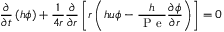
\frac { \partial } { \partial t } \left( h \phi \right) + \frac { 1 } { 4 r } \frac { \partial } { \partial r } \left[ r \left( h u \phi - \frac { h } { \mathrm { ~ P ~ e ~ } } \frac { \partial \phi } { \partial r } \right) \right] = 0